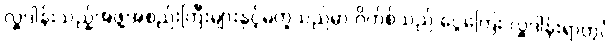
လှူဒါန်းသည့်အဖွဲ့အစည်းကြီးများနှင့်မတူသည်မှာ ဂိတ်စ်သည် ငွေကြေး လှူဒါန်းရာတွင်